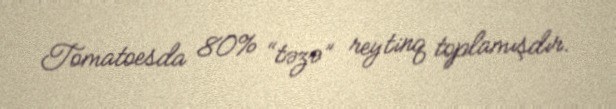
Tomatoesda 80% “təzə” reytinq toplamışdır.